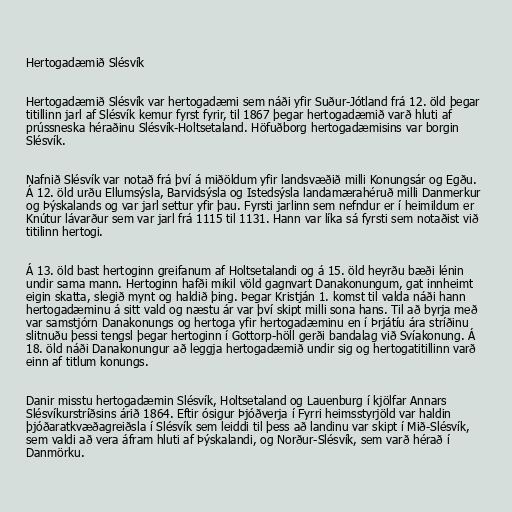
Hertogadæmið Slésvík

Hertogadæmið Slésvík var hertogadæmi sem náði yfir Suður-Jótland frá 12. öld þegar
titillinn jarl af Slésvík kemur fyrst fyrir, til 1867 þegar hertogadæmið varð hluti af
prússneska héraðinu Slésvík-Holtsetaland. Höfuðborg hertogadæmisins var borgin
Slésvík.

Nafnið Slésvík var notað frá því á miðöldum yfir landsvæðið milli Konungsár og Egðu.
Á 12. öld urðu Ellumsýsla, Barvidsýsla og Istedsýsla landamærahéruð milli Danmerkur
og Þýskalands og var jarl settur yfir þau. Fyrsti jarlinn sem nefndur er í heimildum er
Knútur lávarður sem var jarl frá 1115 til 1131. Hann var líka sá fyrsti sem notaðist við
titilinn hertogi.

Á 13. öld bast hertoginn greifanum af Holtsetalandi og á 15. öld heyrðu bæði lénin
undir sama mann. Hertoginn hafði mikil völd gagnvart Danakonungum, gat innheimt
eigin skatta, slegið mynt og haldið þing. Þegar Kristján 1. komst til valda náði hann
hertogadæminu á sitt vald og næstu ár var því skipt milli sona hans. Til að byrja með
var samstjórn Danakonungs og hertoga yfir hertogadæminu en í Þrjátíu ára stríðinu
slitnuðu þessi tengsl þegar hertoginn í Gottorp-höll gerði bandalag við Svíakonung. Á
18. öld náði Danakonungur að leggja hertogadæmið undir sig og hertogatitillinn varð
einn af titlum konungs.

Danir misstu hertogadæmin Slésvík, Holtsetaland og Lauenburg í kjölfar Annars
Slésvíkurstríðsins árið 1864. Eftir ósigur Þjóðverja í Fyrri heimsstyrjöld var haldin
þjóðaratkvæðagreiðsla í Slésvík sem leiddi til þess að landinu var skipt í Mið-Slésvík,
sem valdi að vera áfram hluti af Þýskalandi, og Norður-Slésvík, sem varð hérað í
Danmörku.